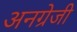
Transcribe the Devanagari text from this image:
अनग्रेजी